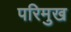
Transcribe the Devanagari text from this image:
परिमुख